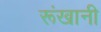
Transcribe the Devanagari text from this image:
रूंखानी